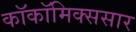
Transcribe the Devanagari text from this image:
काॅकॉमिक्ससार